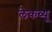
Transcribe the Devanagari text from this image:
लेकव्यू